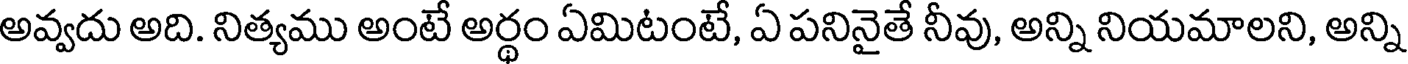
అవ్వదు అది. నిత్యము అంటే అర్థం ఏమిటంటే, ఏ పనినైతే నీవు, అన్ని నియమాలని, అన్ని